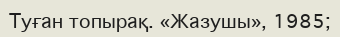
Туған топырақ. «Жазушы», 1985;